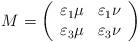
LaTeX: \begin{align*}M=\left( \begin{array}{cc}\varepsilon_1\mu&\varepsilon_1\nu\\\varepsilon_3\mu&\varepsilon_{3}\nu\end{array}\right) \end{align*}